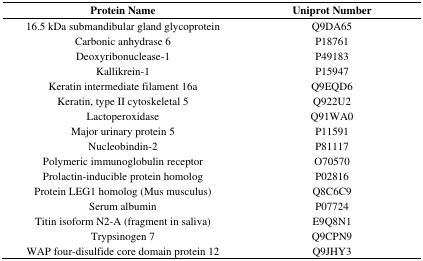
| Protein Name | Uniprot Number |
 | --- | --- |
 | 16.5 kDa submandibular gland glycoprotein | Q9DA65 |
 | Carbonic anhydrase 6 | P18761 |
 | Deoxyribonuclease-1 | P49183 |
 | Kallikrein-1 | P15947 |
 | Keratin intermediate filament 16a | Q9EQD6 |
 | Keratin, type II cytoskeletal 5 | Q922U2 |
 | Lactoperoxidase | Q91WA0 |
 | Major urinary protein 5 | P11591 |
 | Nucleobindin-2 | P81117 |
 | Polymeric immunoglobulin receptor | O70570 |
 | Prolactin-inducible protein homolog | P02816 |
 | Protein LEG1 homolog (Mus musculus) | Q8C6C9 |
 | Serum albumin | P07724 |
 | Titin isoform N2-A (fragment in saliva) | E9Q8N1 |
 | Trypsinogen 7 | Q9CPN9 |
 | WAP four-disulfide core domain protein 12 | Q9JHY3 |